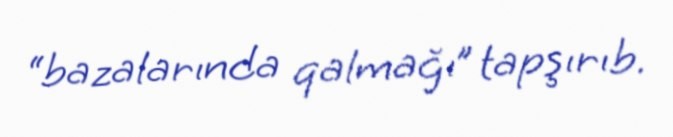
“bazalarında qalmağı” tapşırıb.